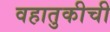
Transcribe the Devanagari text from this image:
वहातुकीची